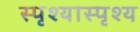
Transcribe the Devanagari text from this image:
स्पृश्‍यास्पृश्‍य